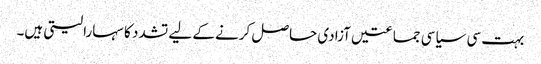
‏ بہت سی سیاسی جماعتیں آزادی حاصل کرنے کے لیے تشدد کا سہارا لیتی ہیں۔